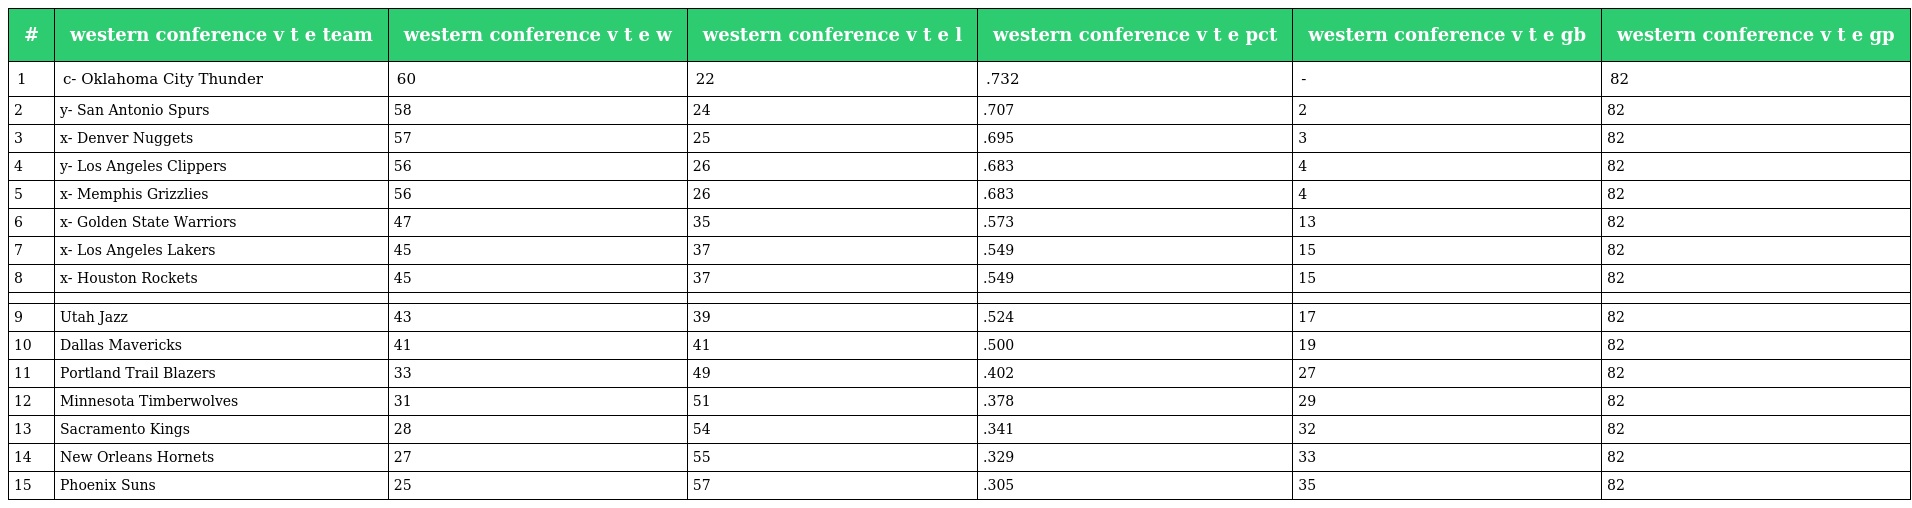
| # | western conference v t e team | western conference v t e w | western conference v t e l | western conference v t e pct | western conference v t e gb | western conference v t e gp |
 | --- | --- | --- | --- | --- | --- | --- |
 | 1 | c- Oklahoma City Thunder | 60 | 22 | .732 | - | 82 |
 | 2 | y- San Antonio Spurs | 58 | 24 | .707 | 2 | 82 |
 | 3 | x- Denver Nuggets | 57 | 25 | .695 | 3 | 82 |
 | 4 | y- Los Angeles Clippers | 56 | 26 | .683 | 4 | 82 |
 | 5 | x- Memphis Grizzlies | 56 | 26 | .683 | 4 | 82 |
 | 6 | x- Golden State Warriors | 47 | 35 | .573 | 13 | 82 |
 | 7 | x- Los Angeles Lakers | 45 | 37 | .549 | 15 | 82 |
 | 8 | x- Houston Rockets | 45 | 37 | .549 | 15 | 82 |
 |  |  |  |  |  |  |  |
 | 9 | Utah Jazz | 43 | 39 | .524 | 17 | 82 |
 | 10 | Dallas Mavericks | 41 | 41 | .500 | 19 | 82 |
 | 11 | Portland Trail Blazers | 33 | 49 | .402 | 27 | 82 |
 | 12 | Minnesota Timberwolves | 31 | 51 | .378 | 29 | 82 |
 | 13 | Sacramento Kings | 28 | 54 | .341 | 32 | 82 |
 | 14 | New Orleans Hornets | 27 | 55 | .329 | 33 | 82 |
 | 15 | Phoenix Suns | 25 | 57 | .305 | 35 | 82 |